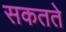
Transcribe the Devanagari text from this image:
सकतते